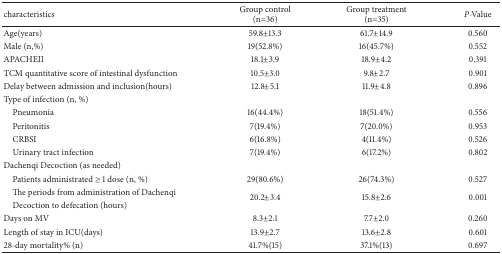
<table><thead><tr><td><b>characteristics</b></td><td><b>Group control(n=36)</b></td><td><b> Group treatment(n=35)</b></td><td><b><i>P</i>-Value</b></td></tr></thead><tbody><tr><td>Age(years)</td><td>59.8±13.3</td><td>61.7±14.9</td><td>0.560</td></tr><tr><td>Male (n,%)</td><td>19(52.8%)</td><td>16(45.7%)</td><td>0.552</td></tr><tr><td>APACHEII</td><td>18.1±3.9</td><td>18.9±4.2</td><td>0.391</td></tr><tr><td>TCM quantitative score of intestinal dysfunction</td><td>10.5±3.0</td><td>9.8±2.7</td><td>0.901</td></tr><tr><td>Delay between admission and inclusion(hours)</td><td>12.8±5.1</td><td>11.9±4.8</td><td>0.896</td></tr><tr><td>Type of infection (n, %)</td><td> </td><td> </td><td> </td></tr><tr><td> Pneumonia</td><td>16(44.4%)</td><td>18(51.4%)</td><td>0.556</td></tr><tr><td> Peritonitis</td><td>7(19.4%)</td><td>7(20.0%)</td><td>0.953</td></tr><tr><td> CRBSI</td><td>6(16.8%)</td><td>4(11.4%)</td><td>0.526</td></tr><tr><td> Urinary tract infection</td><td>7(19.4%)</td><td>6(17.2%)</td><td>0.802</td></tr><tr><td>Dachenqi Decoction (as needed)</td><td> </td><td> </td><td> </td></tr><tr><td> Patients administrated ≥ 1 dose (n, %)</td><td>29(80.6%)</td><td>26(74.3%)</td><td>0.527</td></tr><tr><td> The periods from administration of Dachenqi</td><td rowspan="2">20.2±3.4</td><td rowspan="2">15.8±2.6</td><td rowspan="2">0.001</td></tr><tr><td> Decoction to defecation (hours)</td></tr><tr><td>Days on MV</td><td>8.3±2.1</td><td>7.7±2.0</td><td>0.260</td></tr><tr><td>Length of stay in ICU(days)</td><td>13.9±2.7</td><td>13.6±2.8</td><td>0.601</td></tr><tr><td>28-day mortality% (n)</td><td>41.7%(15)</td><td>37.1%(13)</td><td>0.697</td></tr></tbody></table>